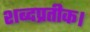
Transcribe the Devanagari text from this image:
शब्दप्रतीक।